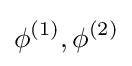
\phi ^{(1)},\phi ^{(2)}